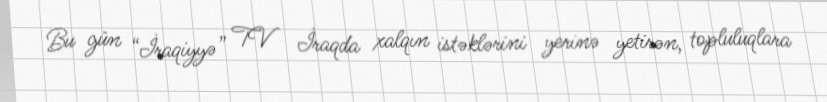
Bu gün “İraqiyyə” TV İraqda xalqın istəklərini yerinə yetirən, topluluqlara